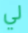
لي